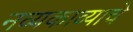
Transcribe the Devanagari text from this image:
नव्यकाव्याचे